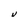
Character: U